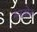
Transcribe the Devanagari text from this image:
नन्दकोल